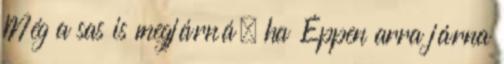
Még a sas is megjárná, ha Éppen arra járna